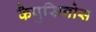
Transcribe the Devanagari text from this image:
कैपुसिनोस